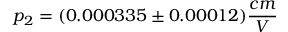
p _ { 2 } = ( 0 . 0 0 0 3 3 5 \pm 0 . 0 0 0 1 2 ) \frac { c m } { V }